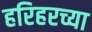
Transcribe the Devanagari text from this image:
हरिहरच्या